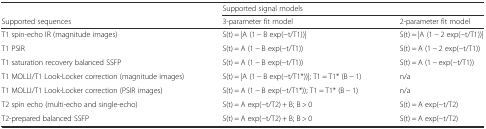
<table><thead><tr><td></td><td colspan="2"><b>Supported signal models</b></td></tr><tr><td><b>Supported sequences</b></td><td><b>3-parameter fit model</b></td><td><b>2-parameter fit model</b></td></tr></thead><tbody><tr><td>T1 spin-echo IR (magnitude images)</td><td>S(t) = |A (1 − B exp(−t/T1))|</td><td>S(t) = |A (1 − 2 exp(−t/T1))|</td></tr><tr><td>T1 PSIR</td><td>S(t) = A (1 − B exp(−t/T1))</td><td>S(t) = A (1 − 2 exp(−t/T1))</td></tr><tr><td>T1 saturation recovery balanced SSFP</td><td>S(t) = A (1 − B exp(−t/T1))</td><td>S(t) = A (1 − exp(−t/T1))</td></tr><tr><td>T1 MOLLI/T1 Look-Locker correction (magnitude images)</td><td>S(t) = |A (1 − B exp(−t/T1*))|; T1 = T1* (B − 1)</td><td>n/a</td></tr><tr><td>T1 MOLLI/T1 Look-Locker correction (PSIR images)</td><td>S(t) = A (1 − B exp(−t/T1*)); T1 = T1* (B − 1)</td><td>n/a</td></tr><tr><td>T2 spin echo (multi-echo and single-echo)</td><td>S(t) = A exp(−t/T2) + B; B &gt; 0</td><td>S(t) = A exp(−t/T2)</td></tr><tr><td>T2-prepared balanced SSFP</td><td>S(t) = A exp(−t/T2) + B; B &gt; 0</td><td>S(t) = A exp(−t/T2)</td></tr></tbody></table>